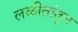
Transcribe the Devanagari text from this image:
लळीतांतून